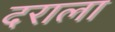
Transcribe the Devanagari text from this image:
दराला